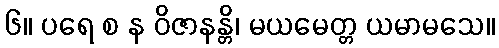
၆။ ပရေ စ န ဝိဇာနန္တိ၊ မယမေတ္တ ယမာမသေ။